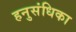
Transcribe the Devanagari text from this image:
हनुसंधिका